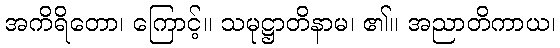
အကိရိတော၊ ကြောင့်။ သမုဋ္ဌာတိနာမ၊ ၏။ အညာတိကာယ၊